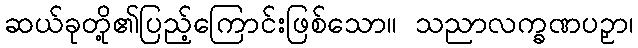
ဆယ်ခုတို့၏ပြည့်ကြောင်းဖြစ်သော။ သညာလက္ခဏပဉှာ၊